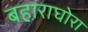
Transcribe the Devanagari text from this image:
बहाराघोरा